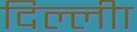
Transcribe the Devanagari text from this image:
दिल्लीा